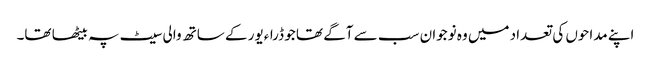
اپنے مداحوں کی تعداد میں وہ نوجوان سب سے آگے تھا جو ڈراءیور کے ساتھ والی سیٹ پہ بیٹھا تھا۔